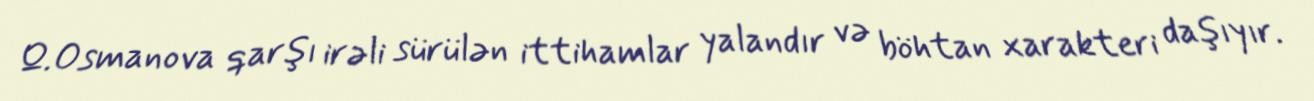
Q.Osmanova qarşı irəli sürülən ittihamlar yalandır və böhtan xarakteri daşıyır.